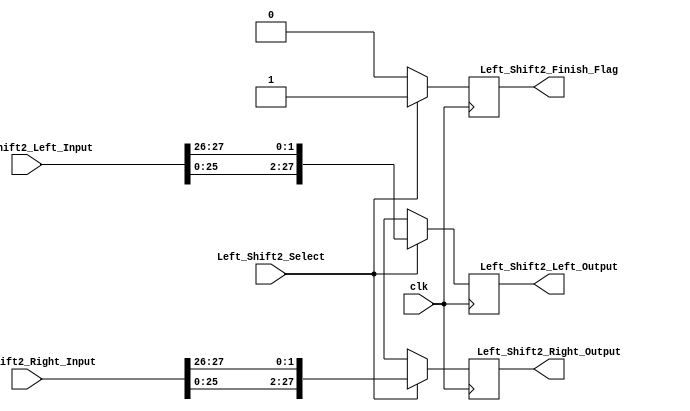
module Left_Shift2(
	Left_Shift2_Left_Input,
	Left_Shift2_Right_Input,
	Left_Shift2_Select,
	Left_Shift2_Left_Output,
	Left_Shift2_Right_Output,
	Left_Shift2_Finish_Flag,
	clk
);

	//input
	input wire [28:1] Left_Shift2_Left_Input;
	input wire [28:1] Left_Shift2_Right_Input;
	input wire Left_Shift2_Select;
	input clk;
	//output
	output [28:1] Left_Shift2_Left_Output;
	output [28:1] Left_Shift2_Right_Output;
	output Left_Shift2_Finish_Flag;
	//internal register
	reg [28:1] Left;
	reg [28:1] Right;
	reg Left_Shift2_Finish;
	
	assign Left_Shift2_Left_Output = Left;
	assign Left_Shift2_Right_Output = Right;
	assign Left_Shift2_Finish_Flag = Left_Shift2_Finish;
	//
	always@(posedge clk) begin
		if(Left_Shift2_Select) begin
			Left <= {Left_Shift2_Left_Input[26:1], Left_Shift2_Left_Input[28:27]};
			Right <= {Left_Shift2_Right_Input[26:1], Left_Shift2_Right_Input[28:27]};
			Left_Shift2_Finish <= 1'b1;
		end
		else begin
			Left <= 28'bx;
			Right <= 28'bx;
			Left_Shift2_Finish <= 1'b0;
		end
	end
	
endmodule